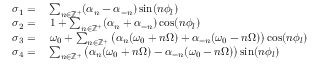
\begin{array} { r l } { \sigma _ { 1 } = } & { { } \sum _ { n \in \mathbb { Z } ^ { + } } ( \alpha _ { n } - \alpha _ { - n } ) \sin ( n \phi _ { l } ) } \\ { \sigma _ { 2 } = } & { { } \; 1 + \sum _ { n \in \mathbb { Z } ^ { + } } ( \alpha _ { n } + \alpha _ { - n } ) \cos ( n \phi _ { l } ) } \\ { \sigma _ { 3 } = } & { { } \; \omega _ { 0 } + \sum _ { n \in \mathbb { Z } ^ { + } } \big ( \alpha _ { n } ( \omega _ { 0 } + n \Omega ) + \alpha _ { - n } ( \omega _ { 0 } - n \Omega ) \big ) \cos ( n \phi _ { l } ) } \\ { \sigma _ { 4 } = } & { { } \sum _ { n \in \mathbb { Z } ^ { + } } \big ( \alpha _ { n } ( \omega _ { 0 } + n \Omega ) - \alpha _ { - n } ( \omega _ { 0 } - n \Omega ) \big ) \sin ( n \phi _ { l } ) } \end{array}